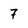
Character: 7